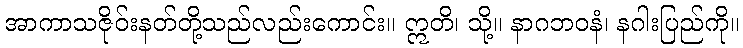
အာကာသဇိုဝ်းနတ်တို့သည်လည်းကောင်း။ ဣတိ၊ သို့။ နာဂဘဝနံ၊ နဂါးပြည်ကို။